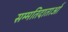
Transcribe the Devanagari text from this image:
सम्मतिदाताओं